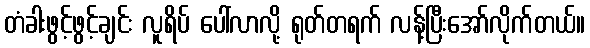
တံခါးဖွင့်ဖွင့်ချင်း လူရိပ် ပေါ်လာလို့ ရုတ်တရက် လန့်ပြီးအော်လိုက်တယ်။